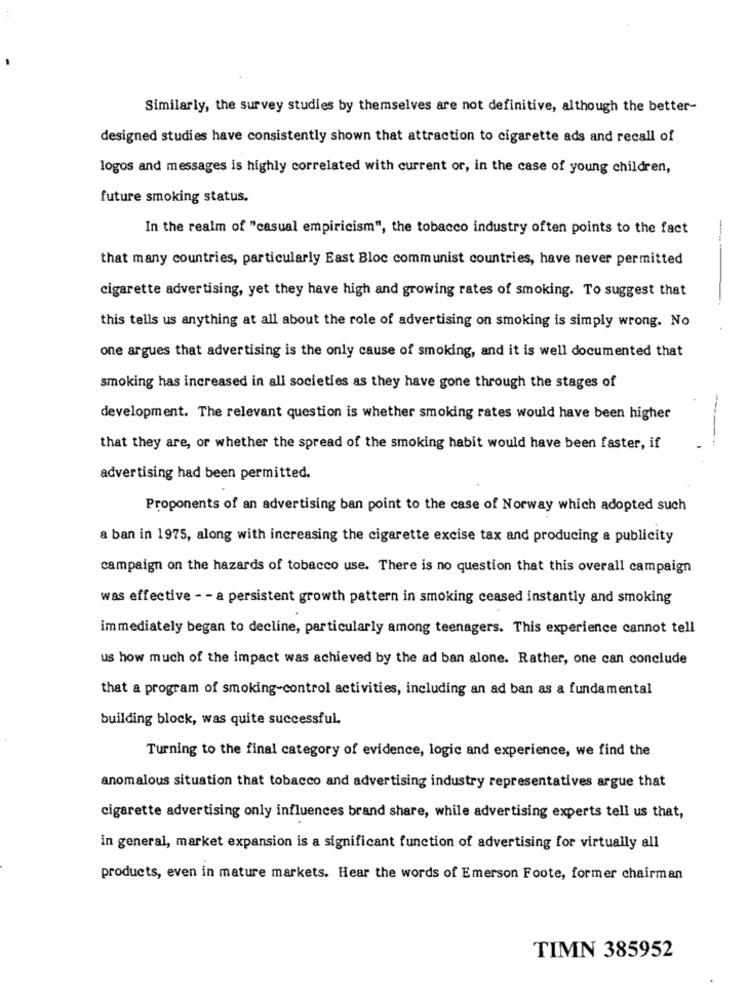
Similarly, the survey studies by themselves are not definitive, although the better-
designed studies have consistently shown that attraction to cigarette ads and recall of
logos and messages is highly correlated with current or, in the case of young children,
future smoking status.
In the realm of "casual empiricism", the tobacco industry often points to the fact
---
that many countries, particularly East Bloc communist countries, have never permitted
cigarette advertising, yet they have high and growing rates of smoking. To suggest that
-
this tells us anything at all about the role of advertising on smoking is simply wrong. No
one argues that advertising is the only cause of smoking, and it is well documented that
smoking has increased in all societies as they have gone through the stages of
development. The relevant question is whether smoking rates would have been higher
-----
that they are, or whether the spread of the smoking habit would have been faster, if
advertising had been permitted.
Proponents of an advertising ban point to the case of Norway which adopted such
a ban in 1975, along with increasing the cigarette excise tax and producing a publicity
campaign on the hazards of tobacco use. There is no question that this overall campaign
was effective - - a persistent growth pattern in smoking ceased instantly and smoking
immediately began to decline, particularly among teenagers. This experience cannot tell
us how much of the impact was achieved by the ad ban alone. Rather, one can conclude
that a program of smoking-control activities, including an ad ban as a fundamental
building block, was quite successful.
Turning to the final category of evidence, logic and experience, we find the
anomalous situation that tobacco and advertising industry representatives argue that
cigarette advertising only influences brand share, while advertising experts tell us that,
in general, market expansion is a significant function of advertising for virtually all
products, even in mature markets. Hear the words of Emerson Foote, former chairman
TIMN 385952